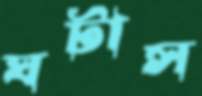
ঘটাস